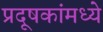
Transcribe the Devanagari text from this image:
प्रदूषकांमध्ये